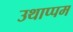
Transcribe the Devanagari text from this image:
उथाप्पम